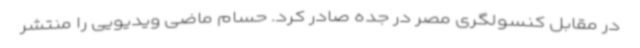
در مقابل کنسولگری مصر در جده صادر کرد. حسام ماضی ویدیویی را منتشر